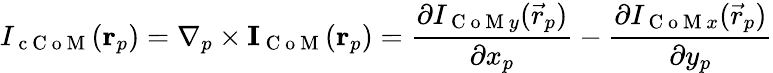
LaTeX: I_{\mathrm{~c~C~o~M~}}(\mathbf{r}_{p})=\nabla_{p}\times\mathbf{I}_{\mathrm{~C~o~M~}}(\mathbf{r}_{p})=\frac{\partial I_{\mathrm{~C~o~M~}y}(\vec{r}_{p})}{\partial x_{p}}-\frac{\partial I_{\mathrm{~C~o~M~}x}(\vec{r}_{p})}{\partial y_{p}}